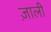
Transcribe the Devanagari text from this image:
ज़ाली